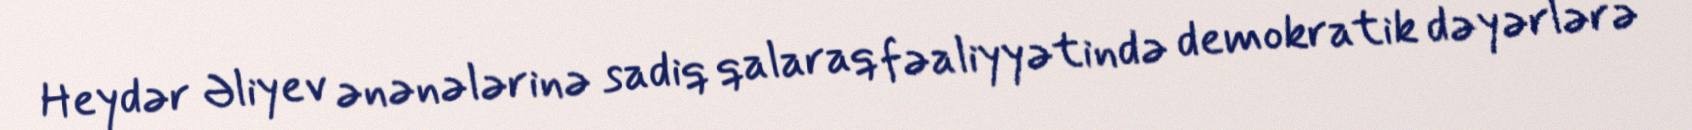
Heydər Əliyev ənənələrinə sadiq qalaraq fəaliyyətində demokratik dəyərlərə